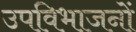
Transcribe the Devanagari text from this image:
उपविभाजनों